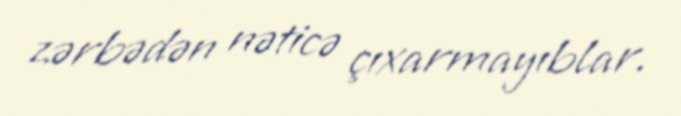
zərbədən nəticə çıxarmayıblar.